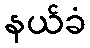
နယ်ခံ